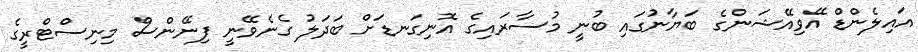
އައިލެންޑް އޭވިއޭޝަންގެ ބަޔާނުގައި ބުނީ މުސާރައިގެ އޮނިގަނޑަށް ބަދަލު ގެނެވޭނީ ފިނޭންސް މިނިސްޓްރީގެ